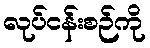
လုပ်ငန်းစဉ်ကို